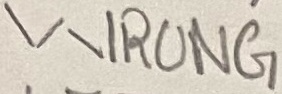
Text: WRONG